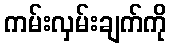
ကမ်းလှမ်းချက်ကို